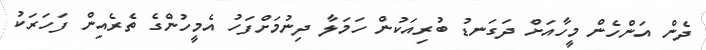
ދެން އަންހެން މީހާއަށް ދަގަނޑު ބުރިއަކުން ހަމަލާ ދިނުމަށްފަހު އެމީހުންގެ ތެރެއިން ފަހަރަކު